Annual report on the lock hospitals of the Madras Presidency
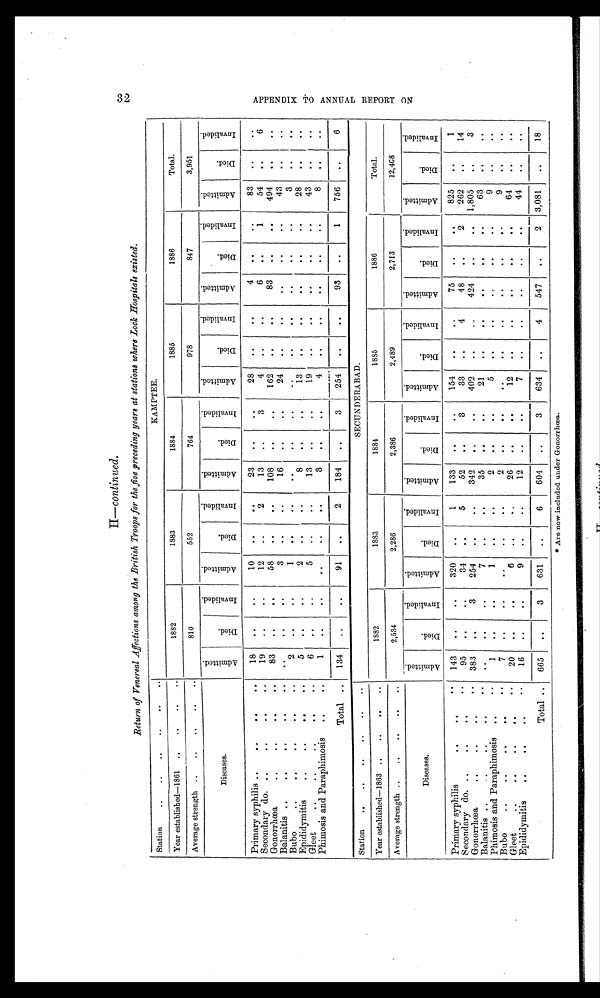
H—continued.
Return of Venereal Affections among the British Troops for the five preceding years at stations Where Lock Hospitals existed.
Station
..
..
..
..
..
. .
KAMPTEE.
Year established—1861
..
..
..
. .
1882
1883
1884
1885
1886
Total.
Average strength ..
..
..
..
. .
810
552
764
978
847
3,951
Diseases.
A d m i t t e d
D i e d
I n v a l i d e d .
A d m i t t e d .
D i e d .
I n v a l i d e d .
A d m i t t e d D i e d
I n v a l i d e d . A d m i t t e d
D i e d .
I n v a l i d e d .
A d m i t t e d .
D i e d .
I n v a l i d e d .
A d m i t t e d .
D i e d .
I n v a l i d e d .
Primary syphilis...
..
..
..
18
..
..
10
..
. .
23
. .
. . 28
. .
..
4
. .
..
83
. .
. .
Secondary do. ..
..
..
..
19
..
..
12
. .
2
13
. .
3
4
. .
. .
6
. .
1
54
..
6
Gonorrhœa..
..
..
83
. .
. .
58
. .
..
108
..
..
162
. .
. .
83
. .
. .
494
. .
. .
Balanitis ..
..
..
..
..
. .
..
..
3
..
16
..
..
24
..
..
. .
..
..
43
..
. .
Bubo
..
..
..
2
..
..
1
. .
. .
. .
. .
. . ..
. .
. .
. .
. .
. .
3
. .
. .
Epididymitis
..
..
..
5
. .
..
2
. .
..
8
. .
..
13
. .
. .
..
. .
. .
28
. .
. .
Gleet
..
..
..
...
6
. .
. .
5
..
..
13
. .
..
19
. .
..
. .
. .
. .
43
...
. .
Phimosis and Paraphimosis
..
..
1
..
. .
..
..
. .
3
..
. .
4
..
..
..
..
..
8
. .
. .
Total ..
134
..
..
91
. .
2
184
..
3
254
..
..
93
..
1
756
. .
6
Station
..
..
..
..
..
..
SECUNDERABAD.
Year established—1863 ..
..
..
..
1882
1883
1884
1885
1886
Total.
Average strength ..
.. ..
..
2,534
.
2,286
2,386
2,489
2,713
12,468
D i s e a s e s .
A d m i t t e d .
D i e d .
I n v a l i d e d .
A d m i t t e d .
D i e d .
I n v a l i d e d .
A d m i t t e d .
D i e d .
I n v a l i d e d .
A d m i t t d e d .
D i e d .
I n v a l i d e d .
A d m i t t e d .
D i e d .
I n v a l i d e d .
A d m i t t e d .
D i e d .
I n v a l i d e d .
Primary syphilis
..
..
..
143
..
..
320
. .
1
133
..
..
154
. .
. .
75
..
. .
825
..
1
Secondary do..
..
..
95
..
. .
34
. .
5
52
..
3
33
..
4
48
..
2
262
. .
14
Gonorrhœa
..
..
..
383
. .
3
254
. .
..
342
. .
..
402
..
..
424
..
. .
1,805
..
3
Balanitis ..
..
..
..
..
..
7
..
..
35
. .
..
21
. .
. .
. .
. .
. .
63
. .
. .
Phimosis and Paraphimosis
..
..
1
. .
..
1
. .
. .
2
..
..
5
. .
..
..
. .
. .
9
. .
. .
Bubo
..
..
..
..
..
7
..
, .
..
. .
..
2
..
. .
..
..
. .
. .
. .
. .
9
..
..
Gleet
..
..
..
..
..
20
..
..
6
..
..
26
. .
. .
12
..
. .
. .
. .
. .
64
. .
..
Epididymitis
..
..
..
..
16
..
. .
9
. .
..
12
..
. .
7
. .
. .
..
. .
. .
44
. .
. .
Total ..
665
..
3
631
..
6
604
..
3
634
. .
4
547
..
2
3,081
..
18
* Are now included under Gonorrhœa.
A P P E N D I X T O A N N U A L R E P O R T O N .